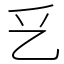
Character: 乥